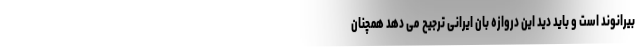
بیرانوند است و باید دید این دروازه بان ایرانی ترجیح می دهد همچنان